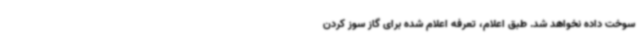
سوخت داده نخواهد شد. طبق اعلام، تعرفه اعلام شده برای گاز سوز کردن